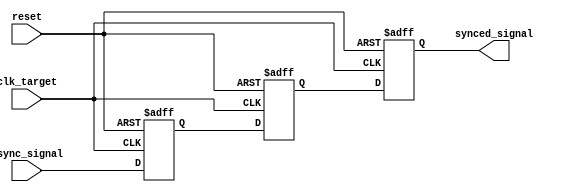
module Signal_Level_Crossing_Synchronizer #(
    parameter WIDTH = 1  // Width of the input signal
)(
    input wire          clk_target,        // Target clock for synchronization
    input wire          async_signal,      // Asynchronous input signal
    input wire          reset,             // Active high reset signal
    output reg [WIDTH-1:0] synced_signal   // Synchronized output signal
);

// Internal signals for the dual flip-flop synchronizer
reg [WIDTH-1:0] ff1, ff2;

// Dual Flip-Flop Synchronizer process
always @(posedge clk_target or posedge reset) begin
    if (reset) begin
        ff1      <= {WIDTH{1'b0}};  // Initialize FF1 to 0 on reset
        ff2      <= {WIDTH{1'b0}};  // Initialize FF2 to 0 on reset
        synced_signal <= {WIDTH{1'b0}}; // Initialize output to 0 on reset
    end else begin
        ff1 <= async_signal;       // Sample async signal in FF1
        ff2 <= ff1;                // Sample output of FF1 in FF2
        synced_signal <= ff2;      // Provide stable output
    end
end

endmodule